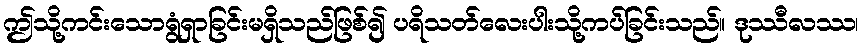
ဤသို့ကင်းသောရွံရှာခြင်းမရှိသည်ဖြစ်၍ ပရိသတ်လေးပါးသို့ကပ်ခြင်းသည်။ ဒုဿီလဿ၊